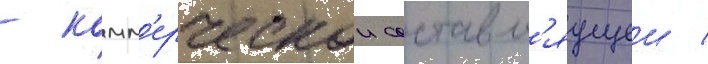
- комм'ерческои составл'яущеи /